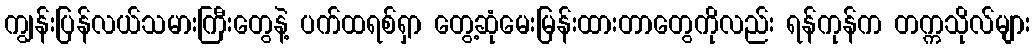
ကျွန်းပြန်လယ်သမားကြီးတွေနဲ့ ပက်ထရစ်ရှာ တွေ့ဆုံမေးမြန်းထားတာတွေကိုလည်း ရန်ကုန်က တက္ကသိုလ်များ